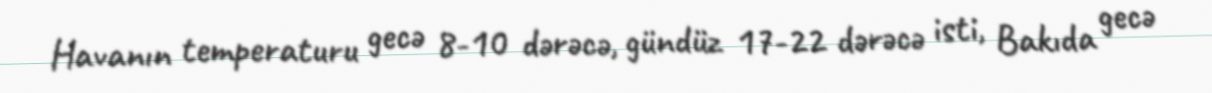
Havanın temperaturu gecə 8-10 dərəcə, gündüz 17-22 dərəcə isti, Bakıda gecə